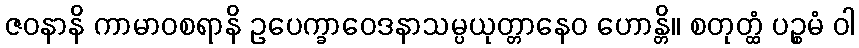
ဇဝနာနိ ကာမာဝစရာနိ ဥပေက္ခာဝေဒနာသမ္ပယုတ္တာနေဝ ဟောန္တိ။ စတုတ္ထံ ပဉ္စမံ ဝါ